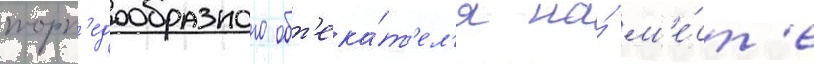
торп'едообразного обт'ека́т'ел'я на́ м'е́ст'е